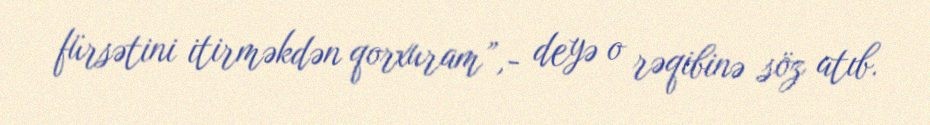
fürsətini itirməkdən qorxuram”,- deyə o rəqibinə söz atıb.